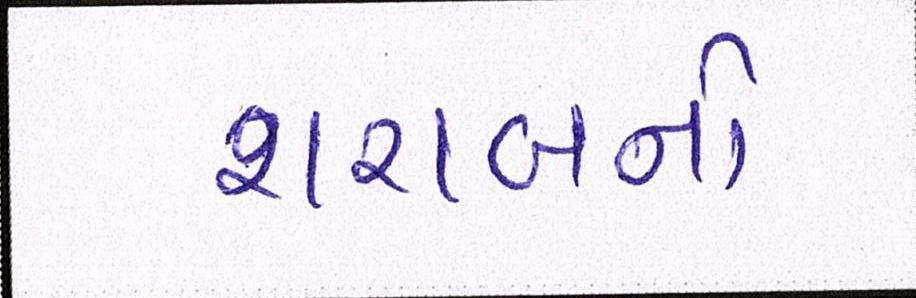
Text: શરાબનો